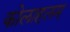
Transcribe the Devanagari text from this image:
कोलाहलम्